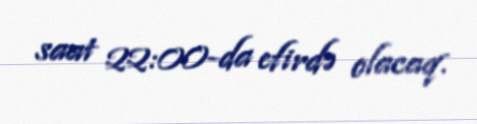
saat 22:00-da efirdə olacaq.